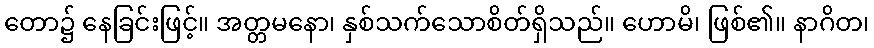
တော၌ နေခြင်းဖြင့်။ အတ္တမနော၊ နှစ်သက်သောစိတ်ရှိသည်။ ဟောမိ၊ ဖြစ်၏။ နာဂိတ၊